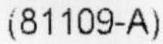
(81109-A)